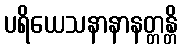
ပရိယေသနာနာနတ္တန္တိ